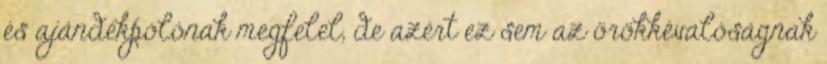
és ajándékpólónak megfelel, de azért ez sem az örökkévalóságnak